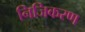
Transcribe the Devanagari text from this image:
निजिकरण